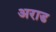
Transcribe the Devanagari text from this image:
अराड